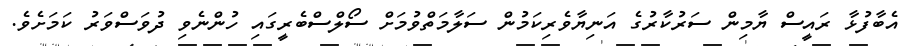
އެބާފުޅާ ރައީސް ޔާމިން ސަރުކާރުގެ އަނިޔާވެރިކަމުން ސަލާމަތްވުމަށް ސޯލްސްބެރީގައި ހުންނެވި ދުވަސްވަރު ކަމަށެވެ.